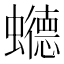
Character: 𮕏